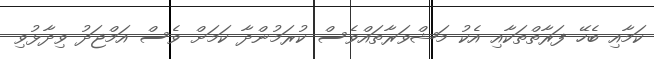
ކަމާއި ބެހޭ ފަރާތްތަކާއި އެކު މަޝްވަރާތައްވެސް ކުރަމުންދާ ކަމަށް ވެސް އަމްޖަދު ވިދާޅުވި